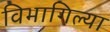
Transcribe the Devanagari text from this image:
विभागिल्या